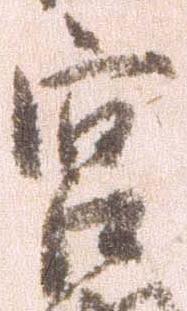
宮